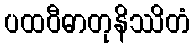
ပထဝီဓာတုနိဿိတံ